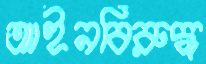
আইনবিরুদ্ধ